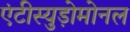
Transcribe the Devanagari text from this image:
एंटीस्युड़ोमोनल